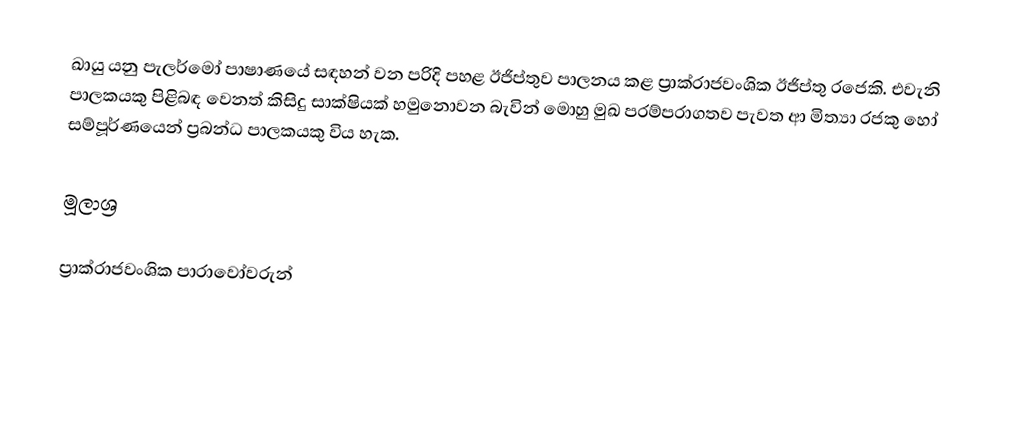
ඛායු යනු පැලර්මෝ පාෂාණයේ සඳහන් වන පරිදි පහළ ඊජිප්තුව පාලනය කළ ප්‍රාක්රාජවංශික ඊජිප්තු රජෙකි. එවැනි පාලකයකු පිළිබඳ වෙනත් කිසිදු සාක්ෂියක් හමුනොවන බැවින් මොහු මුඛ පරම්පරාගතව පැවත ආ මිත්‍යා රජකු හෝ සම්පූර්ණයෙන් ප්‍රබන්ධ පාලකයකු විය හැක.

මූලාශ්‍ර

ප්‍රාක්රාජවංශික පාරාවෝවරුන්